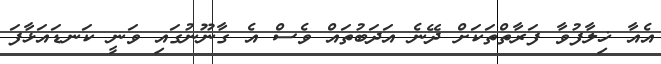
އެއާ ޚިލާފުވާ ފަރާތްތަކަށް ދޭނެ އަދަބުތައް ވެސް އެ ގާނޫނުގައި ވަނީ ކަނޑައަޅާފަ